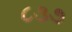
૮૩૭